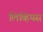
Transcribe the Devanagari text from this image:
लिव्हियस